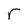
Character: r